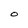
Character: O